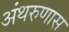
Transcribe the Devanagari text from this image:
अंथरुणास